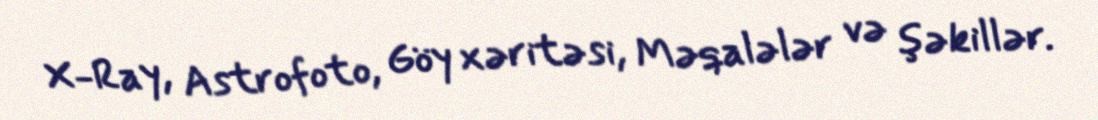
X-Ray, Astrofoto, Göy xəritəsi, Məqalələr və şəkillər.